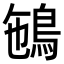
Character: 𩿽